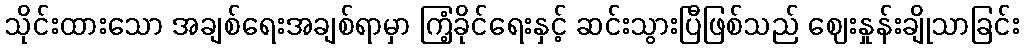
သိုင်းထားသော အချစ်ရေးအချစ်ရာမှာ ကြံ့ခိုင်ရေးနှင့် ဆင်းသွားပြီဖြစ်သည် ဈေးနှုန်းချိုသာခြင်း